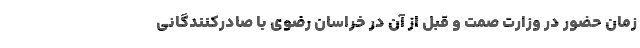
زمان حضور در وزارت صمت و قبل از آن در خراسان رضوی با صادرکنندگانی